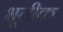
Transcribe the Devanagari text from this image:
भूतीक